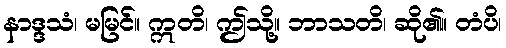
နာဒ္ဒသံ၊ မမြင်။ ဣတိ၊ ဤသို့။ ဘာသတိ၊ ဆို၏။ တံပိ၊